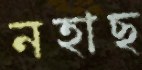
নহাছ